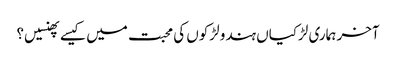
آخر ہماری لڑکیاں ہندو لڑکوں کی محبت میں کیسےپھنسیں؟